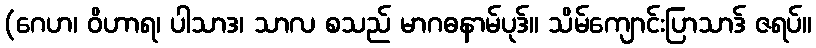
(ဂေဟ၊ ဝိဟာရ၊ ပါသာဒ၊ သာလ စသည် မာဂဓနာမ်ပုဒ်။ သိမ်ကျောင်းပြာသာဒ် ဇရပ်။